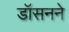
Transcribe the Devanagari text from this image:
डॉसनने